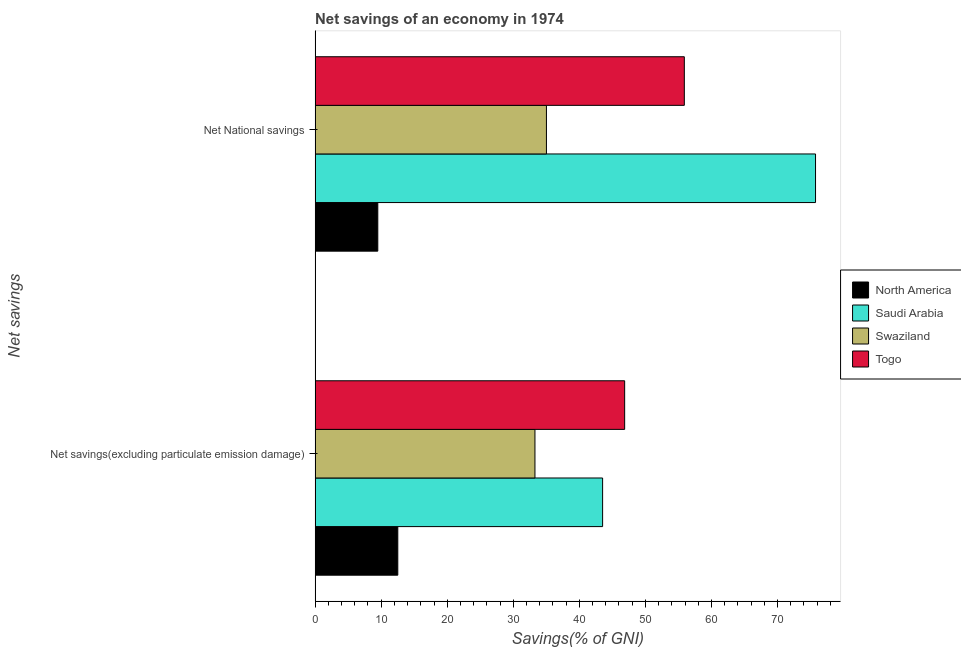
| Net savings | North America | Saudi Arabia | Swaziland | Togo |
 | --- | --- | --- | --- | --- |
 | Net savings(excluding particulate emission damage) | 12.5 | 43.5 | 33.3 | 46.9 |
 | Net National savings | 9.49 | 75.8 | 35 | 55.9 |